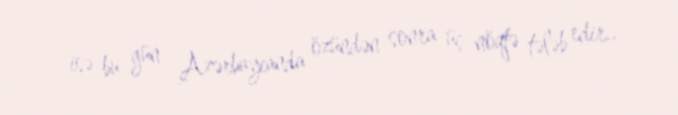
isə bu gün Azərbaycanda özündən sonra üç nöqtə tələb edir..